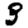
Digit: 3